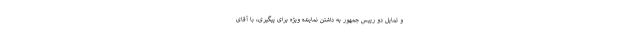
و تمایل دو رییس جمهور به داشتن نماینده ویژه برای پیگیری، با آقای